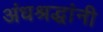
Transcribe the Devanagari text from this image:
अंधश्रद्धांनी